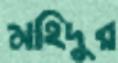
মহিদুর